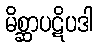
မိစ္ဆာပဋိပဒါ